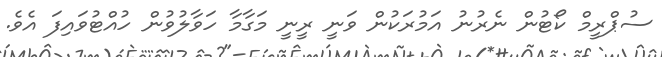
ސުޕްރީމް ކޯޓުން ނެރުނު އަމުރަކުން ވަނީ ރީނީ މަގާމާ ހަވާލުވުން ހުއްޓުވައިފަ އެވެ.